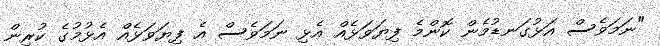
"ނަމަވެސް އަޅުގަނޑުމެން ކޮންމެ ފިޔަވަޅެއް އެޅި ނަމަވެސް އެ ފިޔަަވަޅެއް އެޅުމުގެ ކުރިން